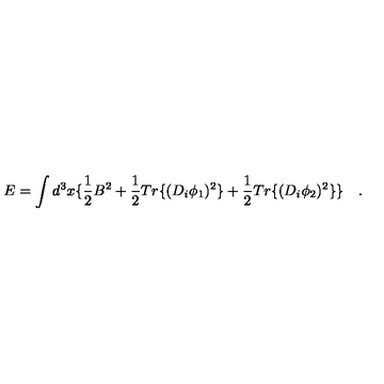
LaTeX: E = \int d ^ { 3 } x \{ \frac { 1 } { 2 } B ^ { 2 } + \frac { 1 } { 2 } T r \{ ( D _ { i } \phi _ { 1 } ) ^ { 2 } \} + \frac { 1 } { 2 } T r \{ ( D _ { i } \phi _ { 2 } ) ^ { 2 } \} \} \quad .